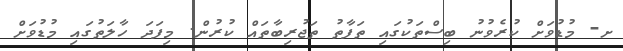
ށ- މުޑުވަށް ކުރެވުނު ބިސްތަކުގައި ތަފާތު ތަޖުރިބާތައް ކުރުން. މިފަދަ ހާލަތުގައި މުޑުވަށް